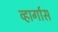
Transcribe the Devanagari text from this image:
व्हार्गास